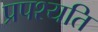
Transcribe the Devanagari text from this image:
प्रपश्यति